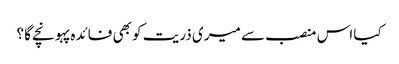
کیا اس منصب سے میری ذریت کو بھی فائدہ پہونچے گا ؟